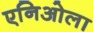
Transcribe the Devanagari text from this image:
एनिओला